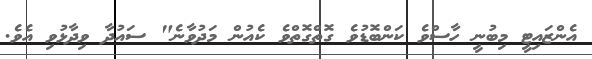
އެންޒައިޓީ މިބުނީ ހާސްވެ ކަންބޮޑުވެ ގޮތްގޮތްވެ ކެއުން މަދުވާނެ" ސައުދާ ވިދާޅުވި އެވެ.